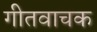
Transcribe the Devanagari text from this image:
गीतवाचक